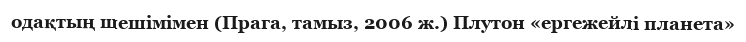
одақтың шешімімен (Прага, тамыз, 2006 ж.) Плутон «ергежейлі планета»